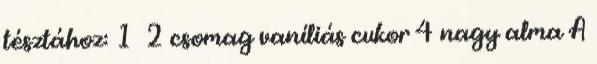
tésztához: 1 2 csomag vaníliás cukor 4 nagy alma A